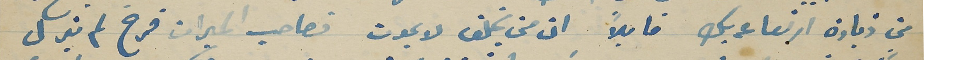
من زيادة ارتعاعه بك قايلاً ان من يخلف لا يموت فصاحب الميرات فرح لم يزل